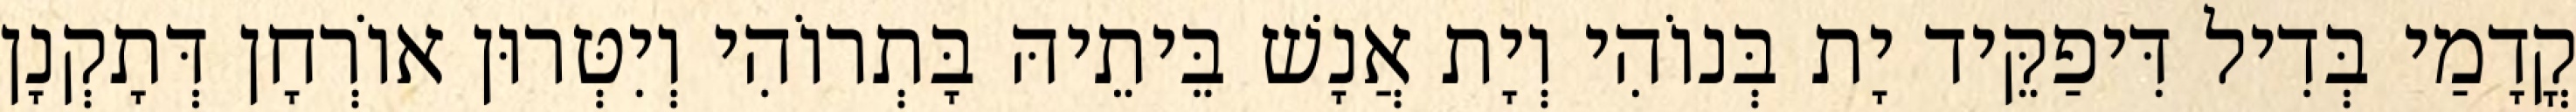
קֳדָמַי בְּדִיל דִּיפַקֵּיד יָת בְּנוֹהִי וְיָת אֲנָשׁ בֵּיתֵיהּ בָּתְרוֹהִי וְיִטְּרוּן אוֹרְחָן דְּתָקְנָן